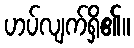
ဟပ်လျက်ရှိ၏။